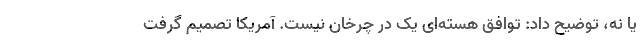
یا نه، توضیح داد: توافق هسته‌ای یک در چرخان نیست. آمریکا تصمیم گرفت